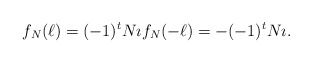
\begin{align*}f_{N}(\ell) = (-1)^{t}N \imath f_{N}(- \ell) = -(-1)^{t}N \imath.\end{align*}